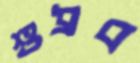
শুধ্‌রব